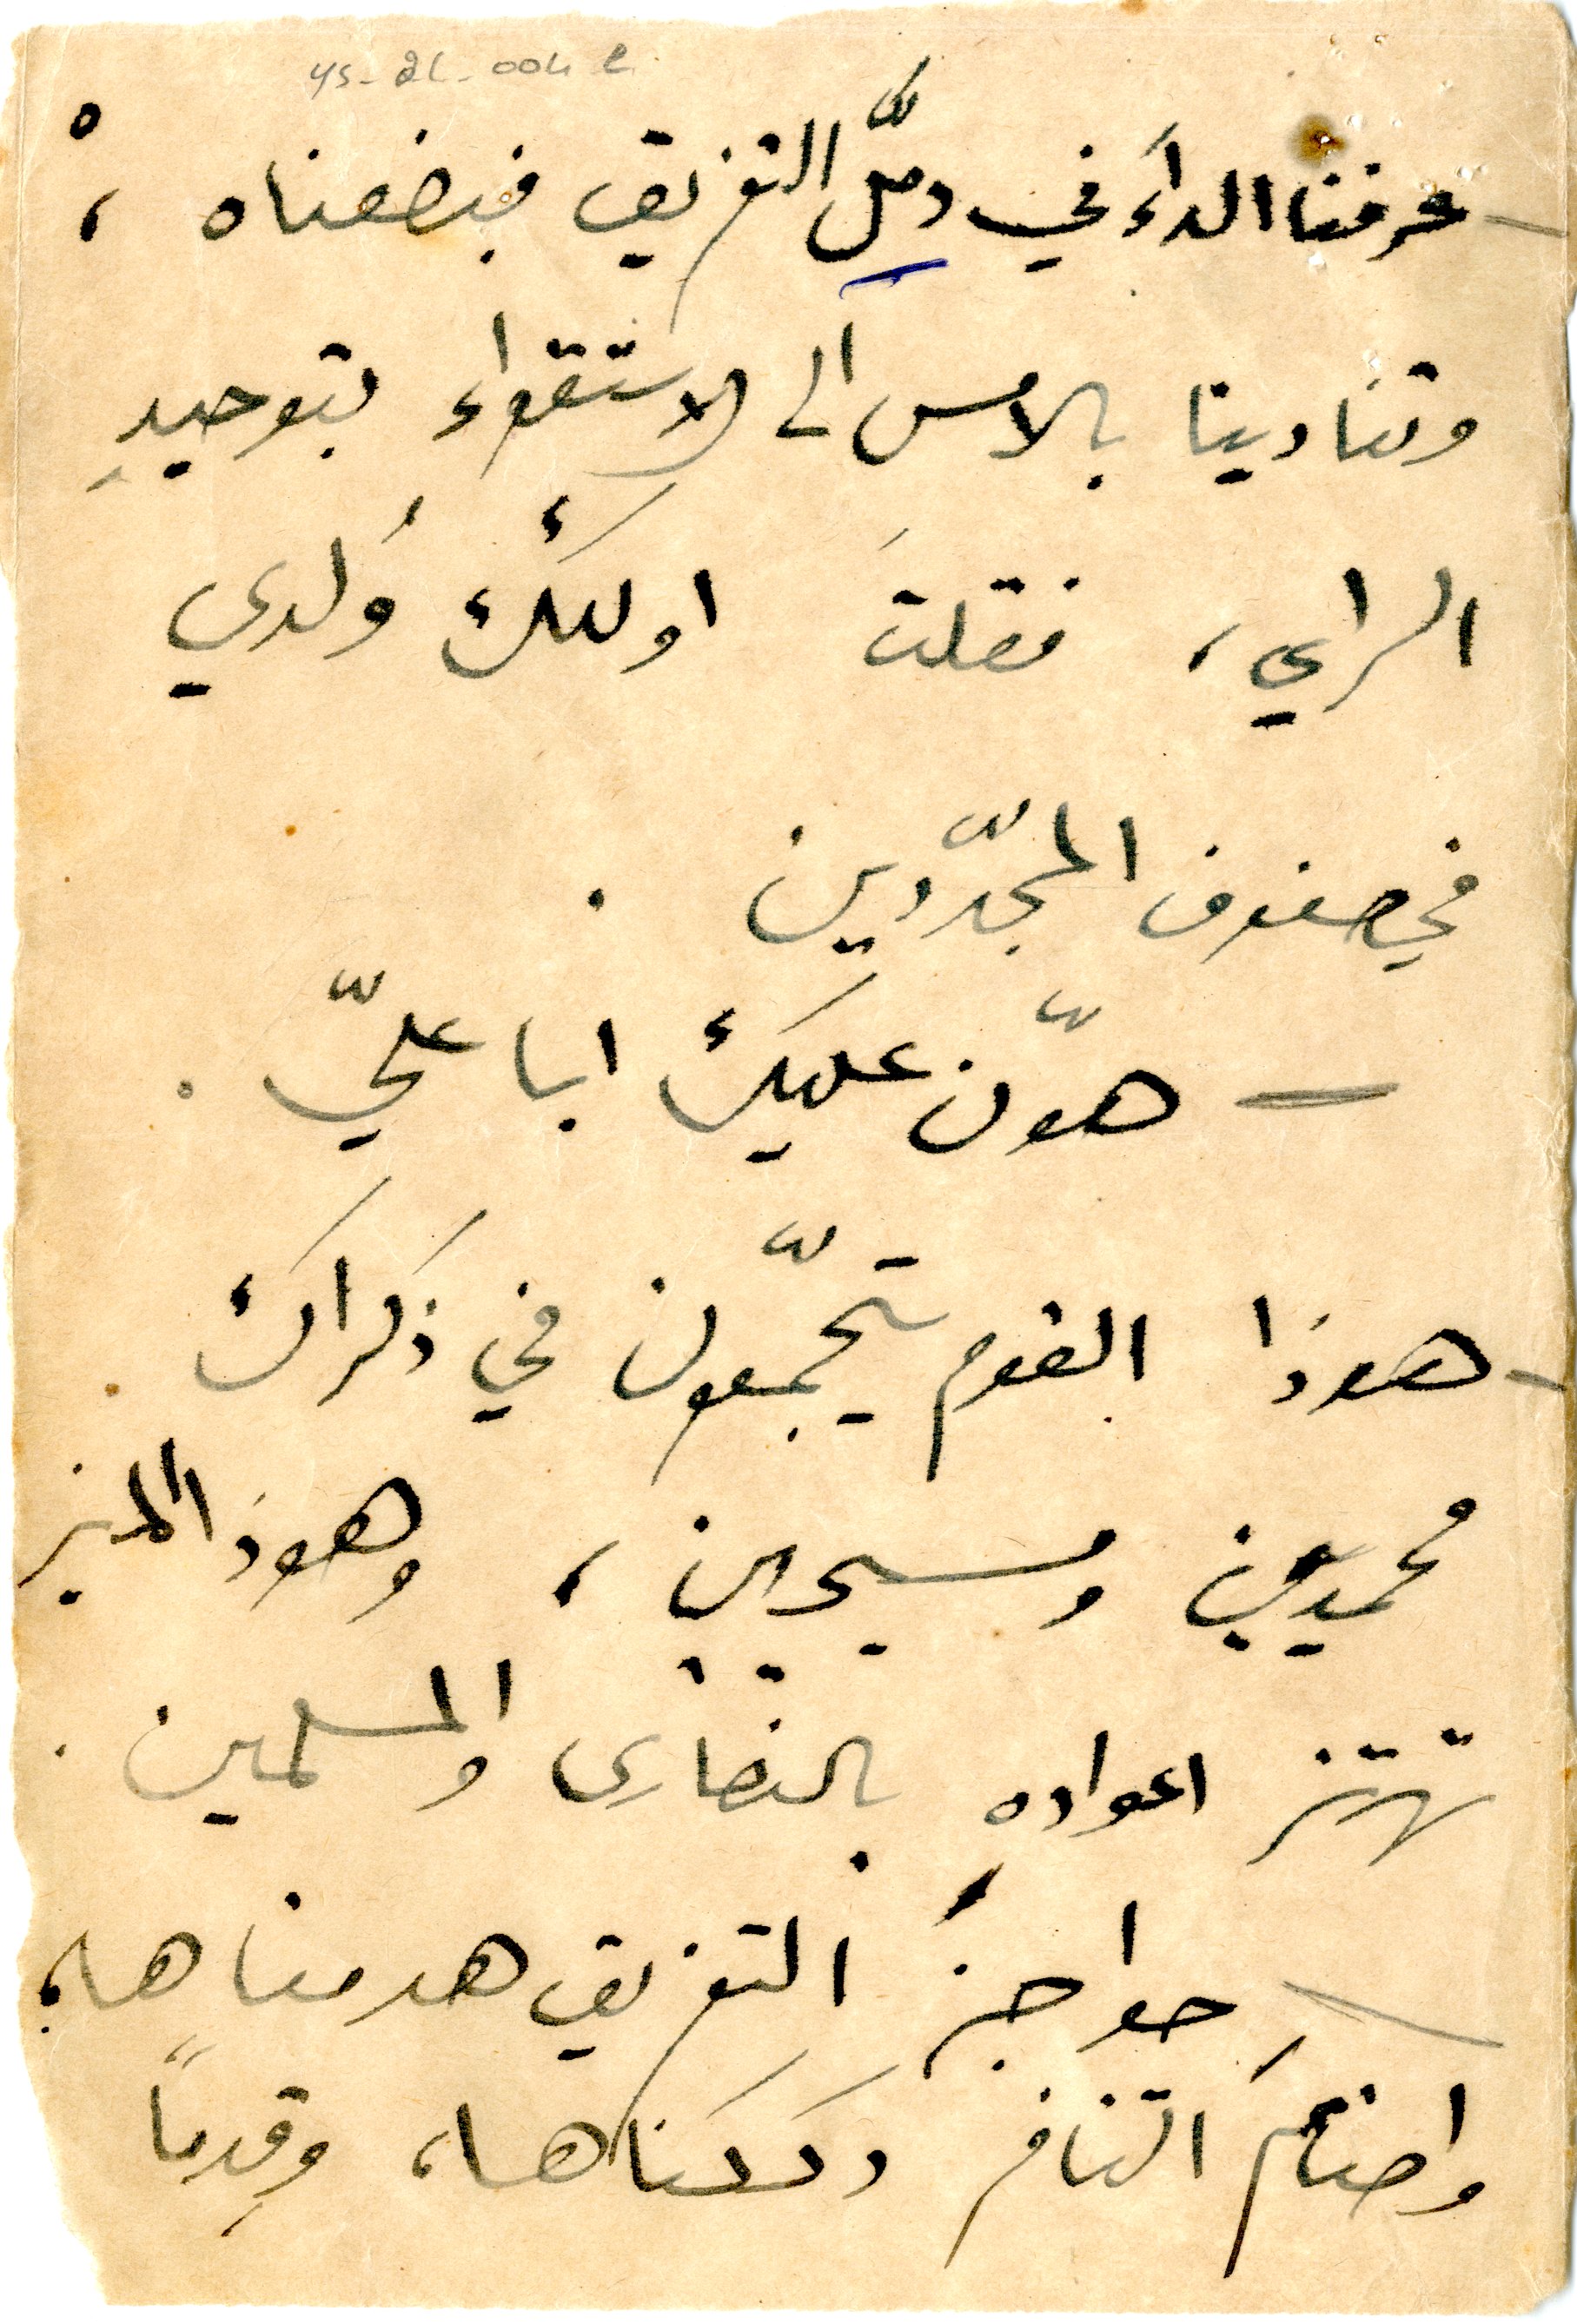
عرفنا الداءَ في دمّل التفريق فبضعناه،
٥	YS_2C_004e
وتنادينا بالامس الى الاستقواء بتوحيدِ
الراي، فقلتَ اولئك وُلدي
في صفوف المجدّدين.
هوّن عليك ابا عليّ.
هوذا القوم يتجمّعون في ذكراك
محمديين ومسيحيين، وهوذا المنبر
تهتز اعوادهِ بالنصارى والمسلمين.
حواجزَ التفريق هدمناها ؛
واصنامَ التنافر دككناها، وقِدماً